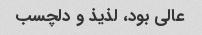
عالی بود، لذیذ و دلچسب